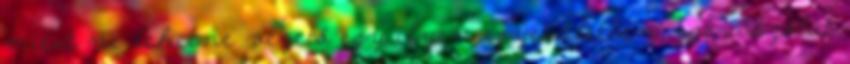
miért ne lehetne vezető egy ilyen egyesületben, ezt abszolút